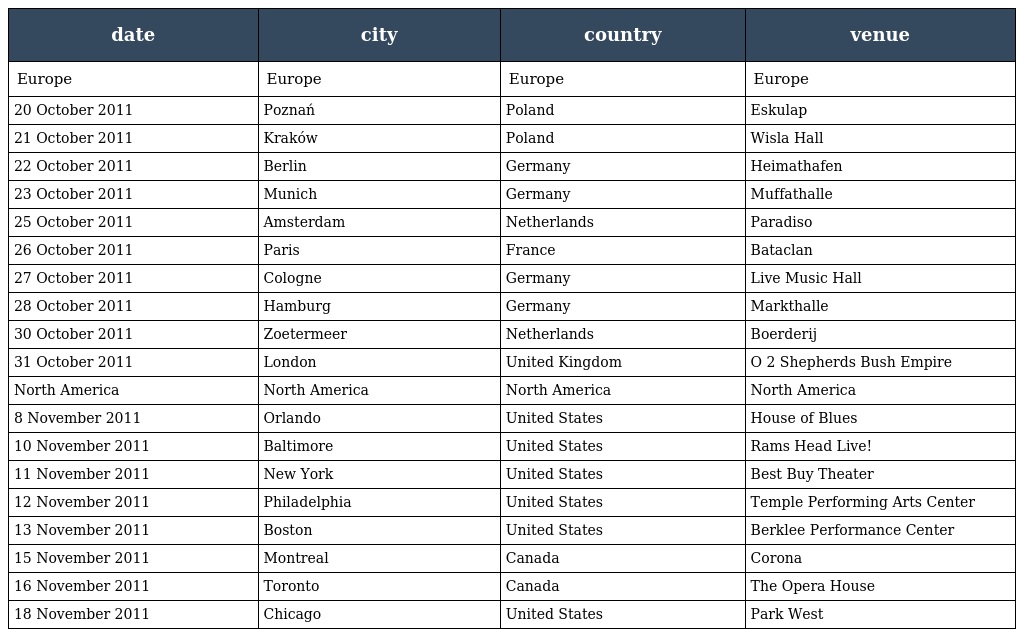
| date | city | country | venue |
 | --- | --- | --- | --- |
 | Europe | Europe | Europe | Europe |
 | 20 October 2011 | Poznań | Poland | Eskulap |
 | 21 October 2011 | Kraków | Poland | Wisla Hall |
 | 22 October 2011 | Berlin | Germany | Heimathafen |
 | 23 October 2011 | Munich | Germany | Muffathalle |
 | 25 October 2011 | Amsterdam | Netherlands | Paradiso |
 | 26 October 2011 | Paris | France | Bataclan |
 | 27 October 2011 | Cologne | Germany | Live Music Hall |
 | 28 October 2011 | Hamburg | Germany | Markthalle |
 | 30 October 2011 | Zoetermeer | Netherlands | Boerderij |
 | 31 October 2011 | London | United Kingdom | O 2 Shepherds Bush Empire |
 | North America | North America | North America | North America |
 | 8 November 2011 | Orlando | United States | House of Blues |
 | 10 November 2011 | Baltimore | United States | Rams Head Live! |
 | 11 November 2011 | New York | United States | Best Buy Theater |
 | 12 November 2011 | Philadelphia | United States | Temple Performing Arts Center |
 | 13 November 2011 | Boston | United States | Berklee Performance Center |
 | 15 November 2011 | Montreal | Canada | Corona |
 | 16 November 2011 | Toronto | Canada | The Opera House |
 | 18 November 2011 | Chicago | United States | Park West |